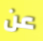
عن